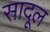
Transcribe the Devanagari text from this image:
सादूल